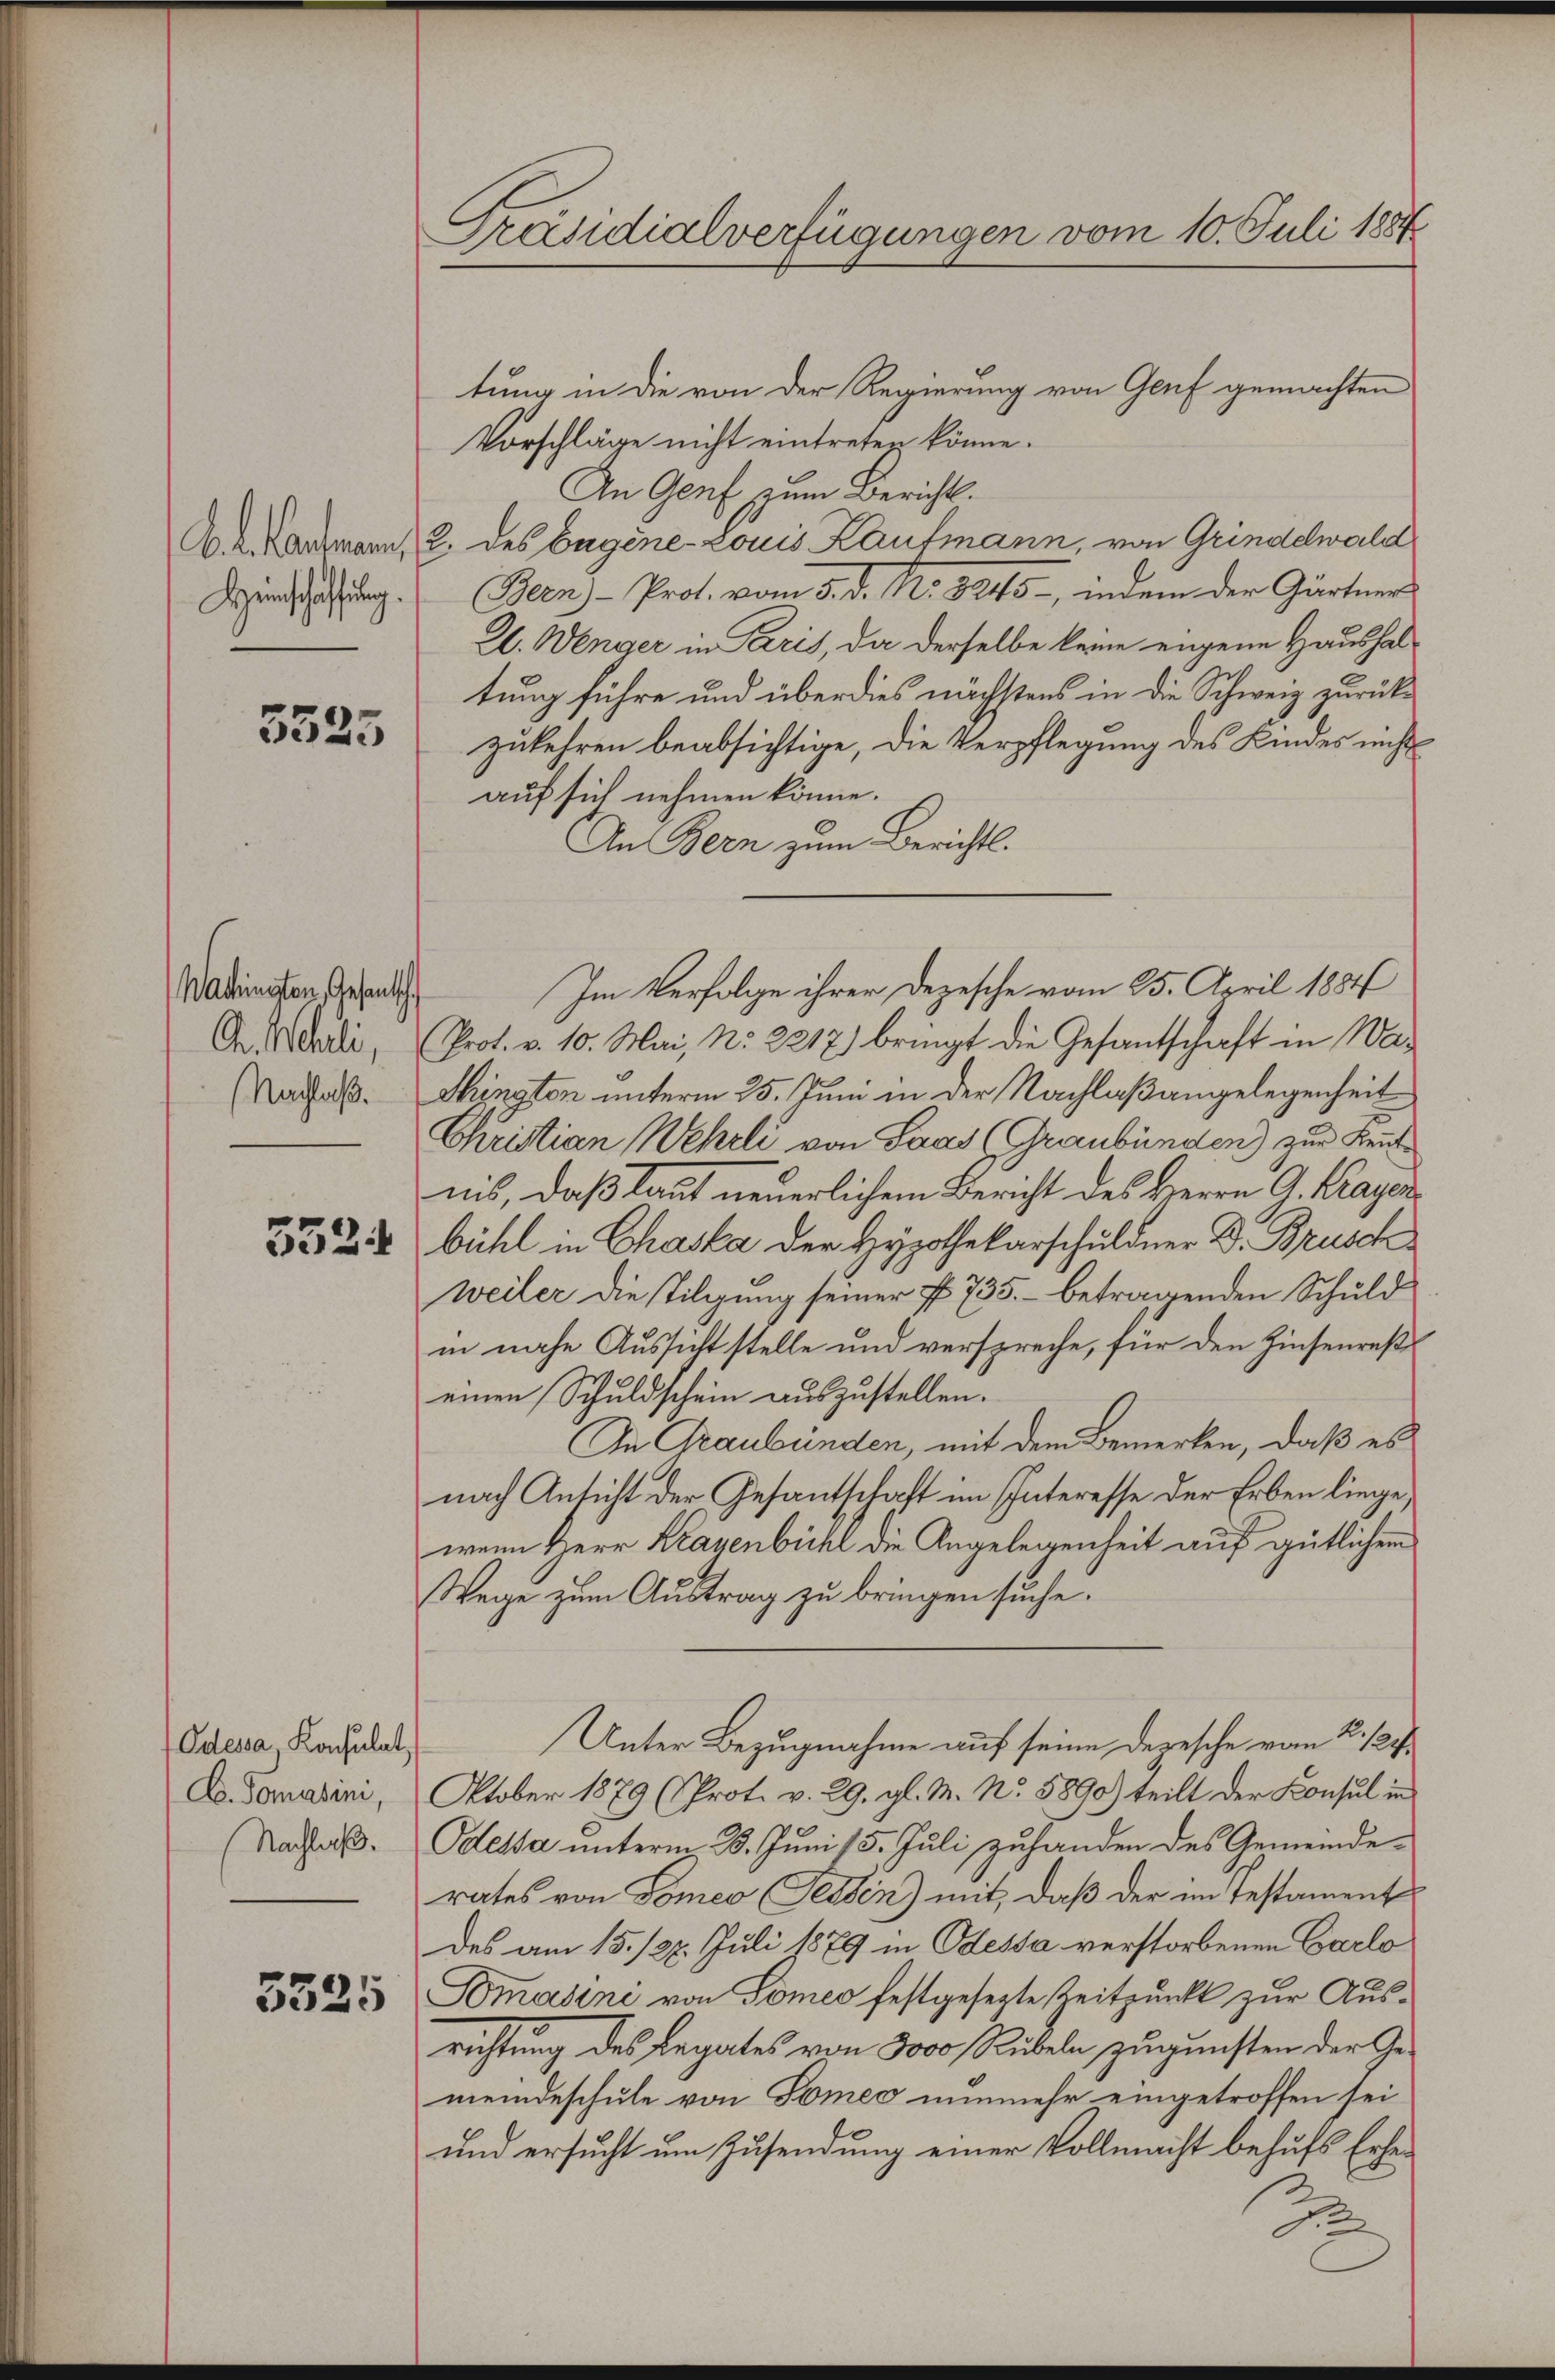
Heinschaffung.

3525

Wachingten, Gesantsch.
G. Wehrli,
(Nachlaß.

5524

Odessa, Konsulat,
C. Tomasini,
Nachlaß.

3325

Präsidialverfügungen vom 10. Juli 1884

tung in die von der Regierung von Genf gemachten
Vorschläge nicht eintreten könne.
An Genf zum Berichts¬
Ad. Kartmann, 2. des begine Louis Kaufmann, von Grindelwald
Bern) - Prot. vom 3. d. M. 8245, indem der Gärtners
Al. Wenger in Paris, da derselbe keine eigene Haushaltung führe und überdies nächstens in die Schweiz zurückzukehren beabsichtige, die Verpflegung des Kindes nicht
auf sich nehmen könne.
An Bern zum Berichts-
Prot. v. 10. Mai, No. 2217) bringt die Gesantschaft in Wa¬
Shington unterm 25. Juni in der Nachlaßangelegenheit
Christian Wehrli von Saas (Graubünden) zur Keutnis, daß laut neuerlichem Bericht des Herrn G. Krayer
bühl in Chaska der Hypothekarschuldner Dr. Brusch
Weiler die Tilgung seiner § 735. betragenden Schuld
in nahe Aussicht stelle und verspreche, für den Zinsenreßeinen Schuldschein auszustellen.
In Graubünden, mit dem Bemerken, daß es
nach Ansicht der Gesantschaft im Interesse der Erben liege.
wenn Herr Kragenbühl die Angelegenheit auf gütlichem
Wege zum Austrag zu bringen suche.
Unter Bezugnahme auf seine Depesche vom 2. 12.
Oktober 1879 (Prot. v. 29. gl. M. No. 5890) teilt der Konsul in
Odessa unterm 3. Juni 15. Juli zuhanden des Gemeinderates von Domeo (Felden) mit, daß der im Testament
des am 15./26. Juli 1879 in Odessa verstorbenen Carlo
Omasini von Someo festgesezte Zeitpunkt zur Ausrichtung des Legates von 3000 Rubeln zugunsten der Gemeindeschule von Someo nunmehr eingetroffen sei
und ersucht um Zusendung einer Vollmacht behufs Erhe¬
2

Im Verfolge ihrer Depesche vom 25. April 1884